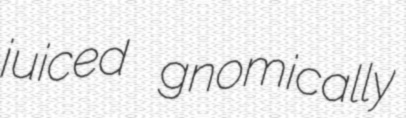
juiced gnomically